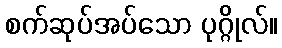
စက်ဆုပ်အပ်သော ပုဂ္ဂိုလ်။